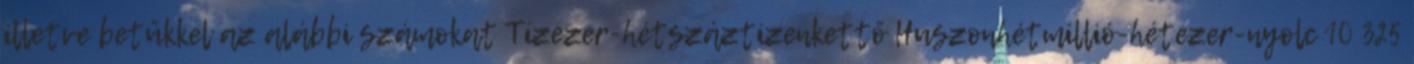
illetve betűkkel az alábbi számokat Tízezer-hétszáztizenkettő Huszonhétmillió-hétezer-nyolc 10 325